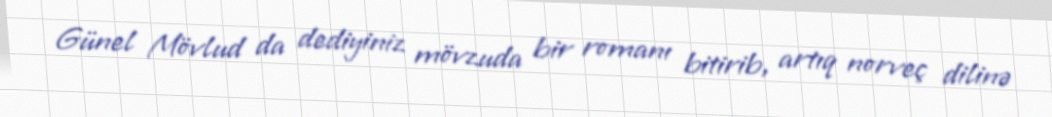
Günel Mövlud da dediyiniz mövzuda bir romanı bitirib, artıq norveç dilinə